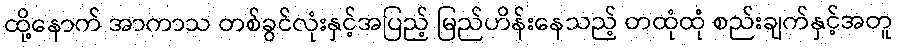
ထို့နောက် အာကာသ တစ်ခွင်လုံးနှင့်အပြည့် မြည်ဟိန်းနေသည့် တထုံထုံ စည်းချက်နှင့်အတူ